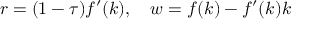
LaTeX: r = ( 1 - \tau ) f ^ { \prime } ( k ) , \quad w = f ( k ) - f ^ { \prime } ( k ) k